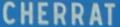
CHERRAT